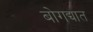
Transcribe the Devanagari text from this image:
बोगद्यात